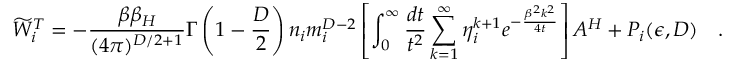
\widetilde { W } _ { i } ^ { T } = - { \frac { \beta \beta _ { H } } { ( 4 \pi ) ^ { D / 2 + 1 } } } \Gamma \left( 1 - \frac D 2 \right) n _ { i } m _ { i } ^ { D - 2 } \left[ \int _ { 0 } ^ { \infty } { \frac { d t } { t ^ { 2 } } } \sum _ { k = 1 } ^ { \infty } \eta _ { i } ^ { k + 1 } e ^ { - { \frac { \beta ^ { 2 } k ^ { 2 } } { 4 t } } } \right] { \cal A } ^ { H } + P _ { i } ( \epsilon , D ) ~ ~ ~ .